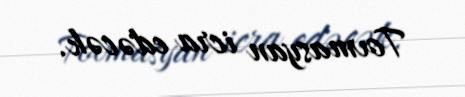
Tovmasyan icra edəcək.